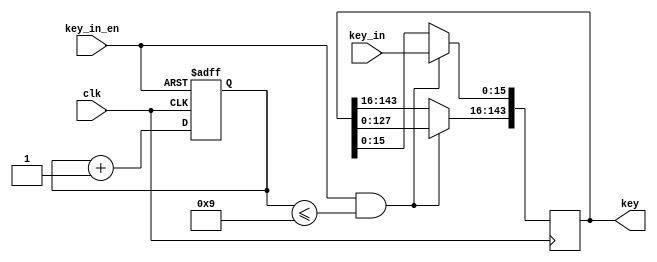
`timescale 1ns / 1ps
//////////////////////////////////////////////////////////////////////////////////
// Company: 
// Engineer: 
// 
// Design Name: 
// Module Name:    key_input 
// Project Name: 
// Target Devices: 
// Tool versions: 
// Description: 
//
// Dependencies: 
//
// Revision: 
// Revision 0.01 - File Created
// Additional Comments: 
//
//////////////////////////////////////////////////////////////////////////////////
module key_input(clk , key_in_en , key_in, key );
 input wire [15:0] key_in;
 input wire key_in_en ;
 input wire clk;
 output reg  [143:0] key;
 reg [4:0] cnt;
 
 initial
   begin
	  cnt = 0;
	  key = 0;
	end  
 
 always @ (negedge key_in_en or posedge clk)
  begin
   if ( key_in_en == 0)
	  begin
      cnt = 0;
	  end
	else
     begin	
	   cnt = cnt + 1;
	  end	    
  end 
 
 always @ ( posedge clk )
  begin
   if ( (key_in_en == 1) && (cnt <= 9))
     begin
      key = key << 16 ;
      key[0+:16] = key_in;
	  end
  end	  

endmodule